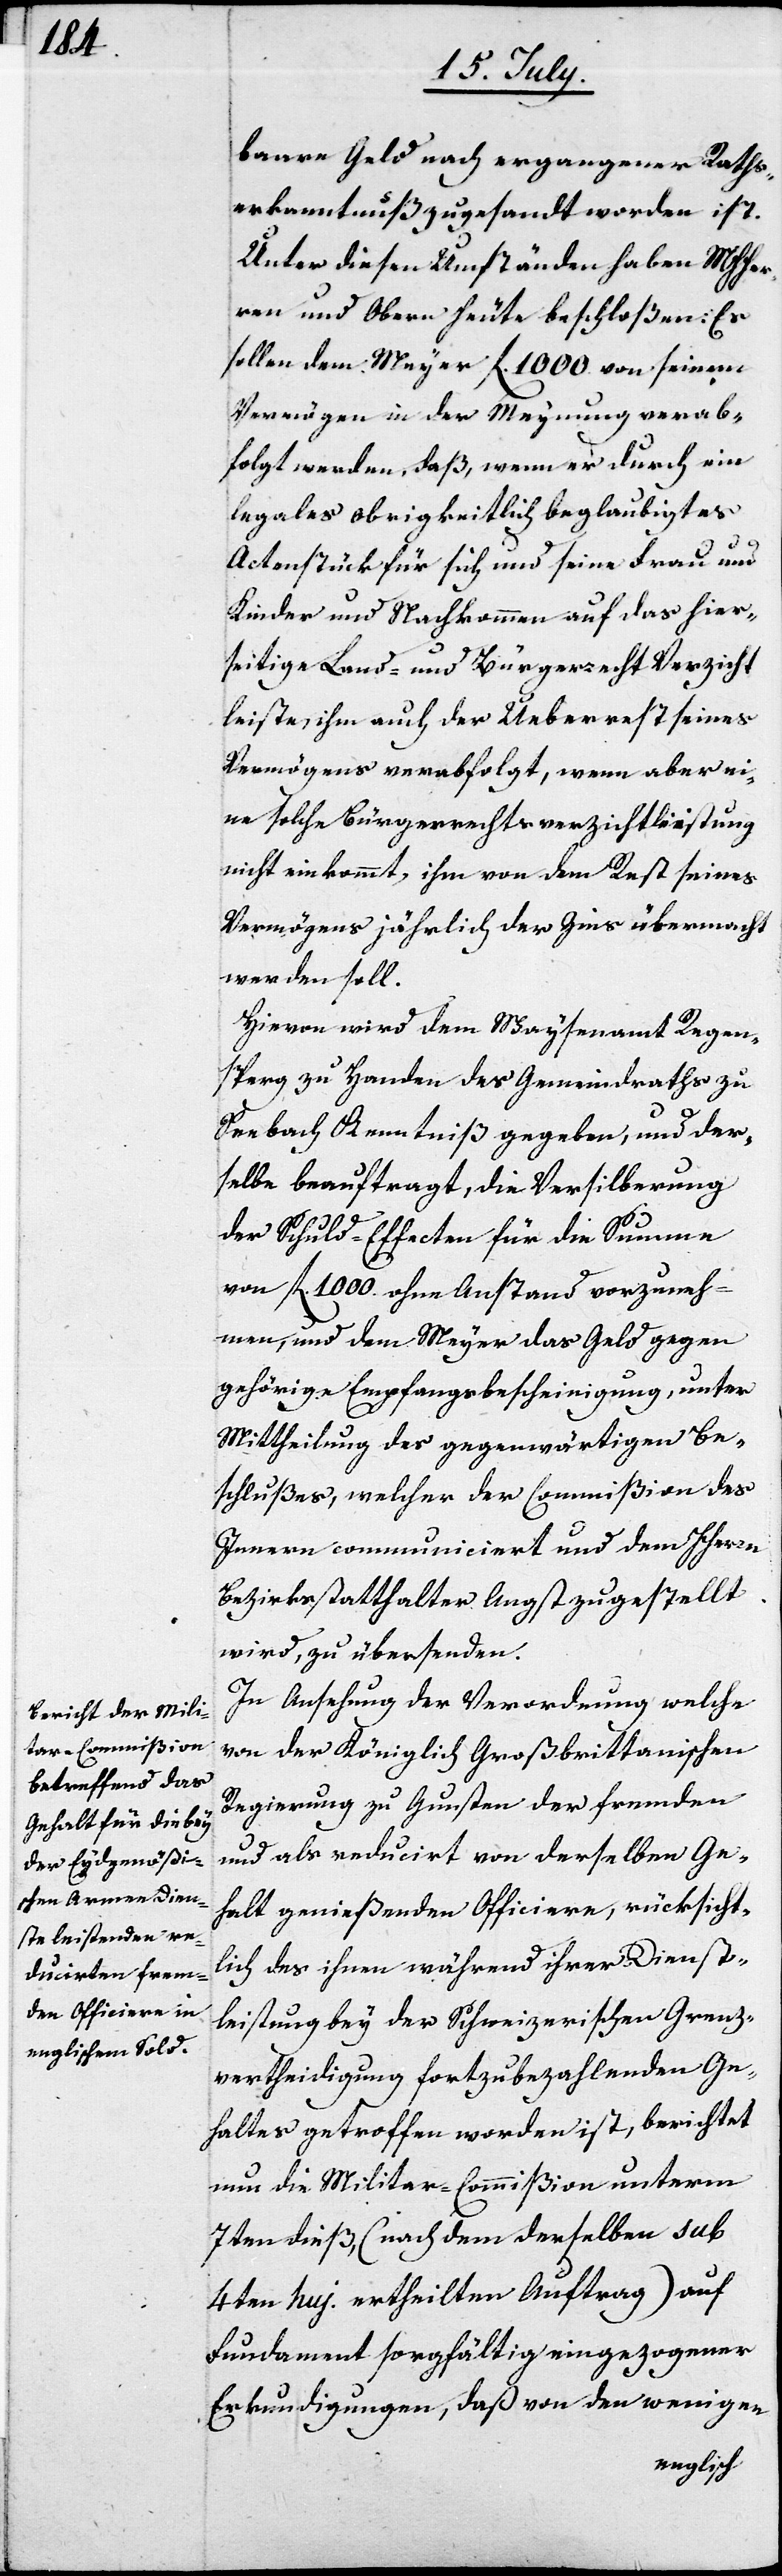
baare Geld nach ergangener Raths¬
erkanntnuß zugesandt worden ist.
Unter diesen Umständen haben MHHer¬
ren und Obern heute beschloßen: Es
sollen dem Meyer fl. 1000. von seinem
Vermögen in der Meynung verab¬
folgt werden, daß, wenn er durch ein
legales obrigkeitlich beglaubigtes
Actenstück für sich und seine Frau und
Kinder und Nachkommen auf das hier¬
seitige Land- und Bürgerrecht Verzicht
leiste, ihm auch der Ueberrest seines
Vermögens verabfolgt, wenn aber ei¬
ne solche Bürgerrechtsverzichtleistung
nicht einkommt, ihm von dem Rest seines
Vermögens jährlich der Zins übermacht
werden soll.
Hievon wird dem Waysenamt Regen¬
sperg zu Handen des Gemeindraths zu
Seebach Kenntniß gegeben und der¬
selbe beauftragt, die Versilberung
der Schuld-Effecten für die Summe
von fl 1000. ohne Anstand vorzuneh¬
men, und dem Meyer das Geld gegen
gehörige Empfangsbescheinigung, unter
Mittheilung des gegenwärtigen Be¬
schlußes, welcher der Commißion des
Innern communiciert und dem HHerrn
Bezirksstatthalter Angst zugestellt
wird, zu übersenden.
In Ansehung der Verordnung welche
von der Königlich Großbrittanischen
Regierung zu Gunsten der fremden
und als reducirt von derselben Ge¬
halt genießenden Officiere, rücksicht¬
lich des ihnen währen ihrer Dienst¬
leistung bey der Schweizerischen Grenz¬
vertheidigung fortzubezahlenden Ge¬
haltes getroffen worden ist, berichtet
nun die Militar-Commißion unterm
7ten dieß (nach dem derselben sub
4ten huj. ertheilten Auftrag) auf
Fundament sorgfältig eingezogener
Erkundigungen, daß von den wenigen